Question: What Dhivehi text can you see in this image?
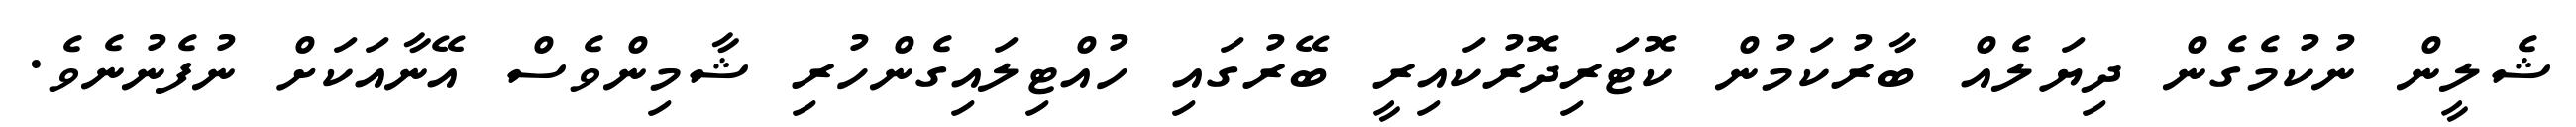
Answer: ޝެލީން ނުކުމެގެން ދިޔަލެއް ބާރުކަމުން ކޮޓަރިދޮރުކައިރީ ބޭރުގައި ހުއްޓިލައިގެންހުރި ޝާމިންވެސް އޭނާއަކަށް ނުފެނުނެވެ.